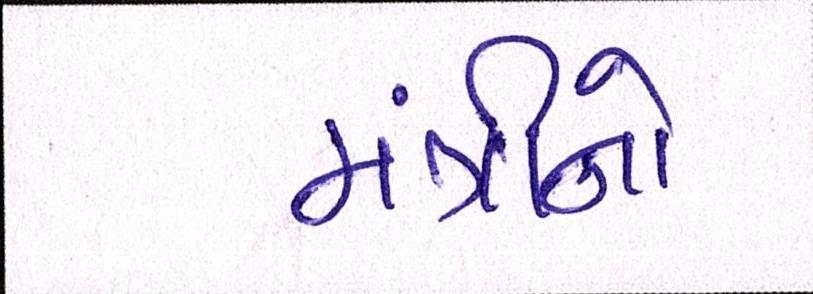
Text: મંત્રીનો